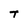
Character: T